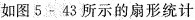
如图5-43所示的扇形统计